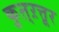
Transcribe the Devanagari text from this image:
कुऩ्ऱत्तूर